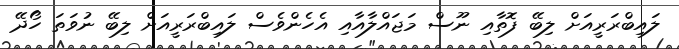
ލައިބްރަރީއަށް ލިބޭ ފޮތާއި ނޫސް މަޖައްލާއާއި އެހެންވެސް ލައިބްރަރީއަށް ލިބޭ ނުވަތަ ހޯދޭ